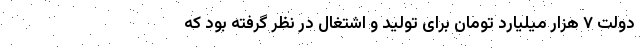
دولت ۷ هزار میلیارد تومان برای تولید و اشتغال در نظر گرفته بود که